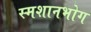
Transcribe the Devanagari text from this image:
स्मशानभोग